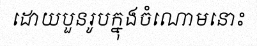
ដោយបួនរូបក្នុងចំណោមនោះ